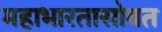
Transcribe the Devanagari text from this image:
महाभारतासोबत